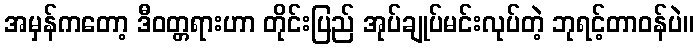
အမှန်ကတော့ ဒီဝတ္တရားဟာ တိုင်းပြည် အုပ်ချုပ်မင်းလုပ်တဲ့ ဘုရင့်တာဝန်ပဲ။